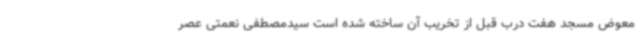
معوض مسجد هفت درب قبل از تخریب آن ساخته شده است سیدمصطفی نعمتی عصر